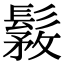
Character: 𩭾